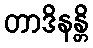
တာဒိနန္တိ